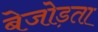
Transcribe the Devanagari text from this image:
बेजोड़ता